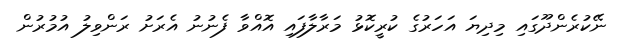
ނޭކުރެންދޫގައި މިދިޔަ އަހަރުގެ ކުރީކޮޅު މަރާލާފައި އޮއްވާ ފެނުނު އެރަށު ރަންވިލު އުމުރުން